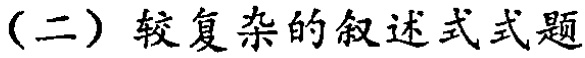
（二）较复杂的叙述式式题